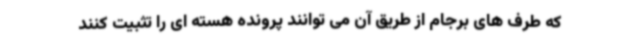
که طرف های برجام از طریق آن می توانند پرونده هسته ای را تثبیت کنند